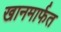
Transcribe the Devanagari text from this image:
खानमार्फत